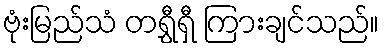
ဗုံးမြည်သံ တရွှီရှီ ကြားချင်သည်။